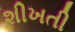
શીખતી